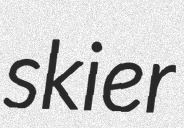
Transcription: skier